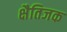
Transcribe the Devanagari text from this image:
क्षैतिजक